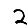
Digit: 2